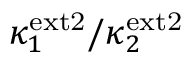
\kappa _ { 1 } ^ { \mathrm { e x t 2 } } / \kappa _ { 2 } ^ { \mathrm { e x t 2 } }